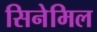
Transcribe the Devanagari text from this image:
सिनेमिल